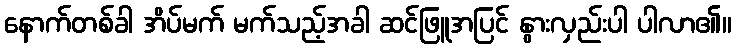
နောက်တစ်ခါ အိပ်မက် မက်သည့်အခါ ဆင်ဖြူအပြင် နွားလှည်းပါ ပါလာ၏။